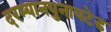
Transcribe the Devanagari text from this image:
दरम्यानयुनायटेड